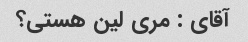
آقای : مری لین هستی؟